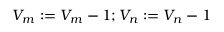
V _ { m } : = V _ { m } - 1 ; V _ { n } : = V _ { n } - 1